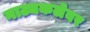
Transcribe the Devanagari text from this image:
नाट्यकलेवर